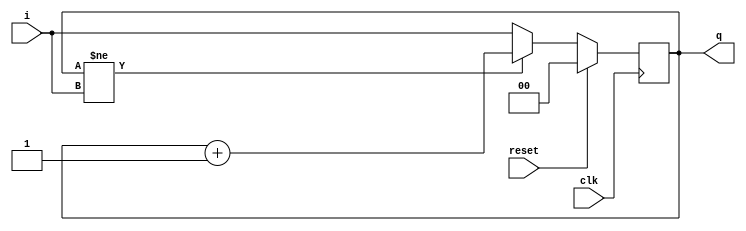
module count_stop(q, i, clk, reset);

output [1:0] q;
input [1:0] i;
input clk, reset;
reg [1:0] q;


always @ (posedge clk) begin
  if(reset) begin
    q <= 0;
  end
  else begin
    if (q != i) q <= q+1;
    else q <= i;
  end
end

endmodule